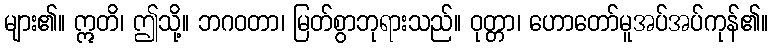
များ၏။ ဣတိ၊ ဤသို့။ ဘဂဝတာ၊ မြတ်စွာဘုရားသည်။ ဝုတ္တာ၊ ဟောတော်မူအပ်အပ်ကုန်၏။